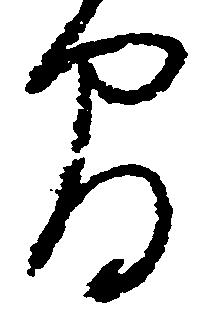
間